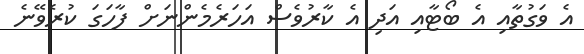
އެ ވަގުތާއި އެ ބޯޓާއި އަދި އެ ކާރުވެސް އަހަރެމެންނަށް ފާހަގަ ކުރެވޭނެ